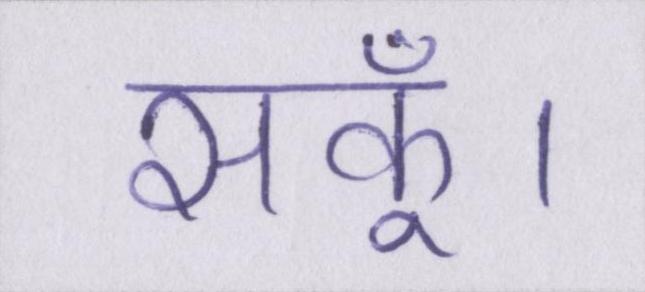
सकूँ।